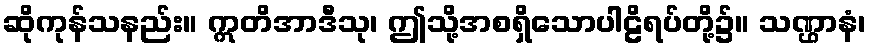
ဆိုကုန်သနည်း။ ဣတိအာဒီသု၊ ဤသို့အစရှိသောပါဠိရပ်တို့၌။ သဏ္ဌာနံ၊